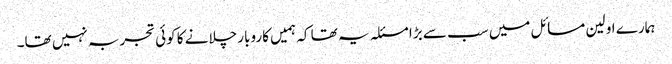
ہمارے اولین مسائل میں سب سے بڑا مسئلہ یہ تھا کہ ہمیں کاروبار چلانے کا کوئی تجربہ نہیں تھا۔